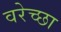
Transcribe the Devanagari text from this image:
वरेच्छा